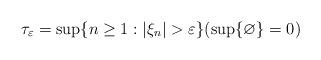
LaTeX: \begin{align*}\tau_\varepsilon = \sup\{ n \ge 1: |\xi_n| > \varepsilon\} (\sup\{\varnothing\} = 0)\end{align*}